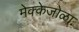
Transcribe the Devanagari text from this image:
मेक्केजोळा